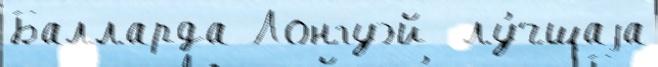
Балларда Лонгуэй  лу́чшаjа